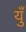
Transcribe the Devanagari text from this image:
युँ